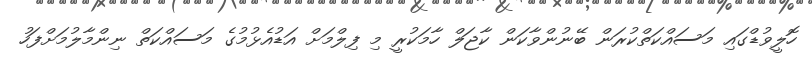
ހޮލީވުޑްގައި މަސައްކަތްކުރަން ބޭނުންވާކަން ކާޖަލް ހާމަކުރީ މި ފިލްމަށް އަޑުއެޅުމުގެ މަސައްކަތް ނިންމާލުމަށްފަހު